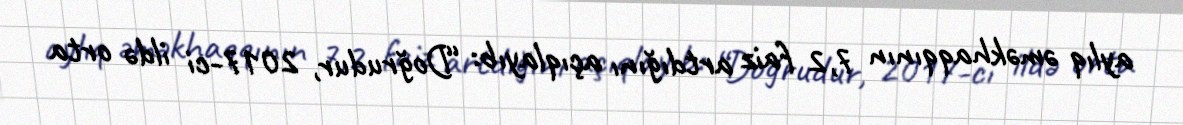
aylıq əməkhaqqının 7,2 faiz artdığını açıqlayıb: “Doğrudur, 2017-ci ildə orta